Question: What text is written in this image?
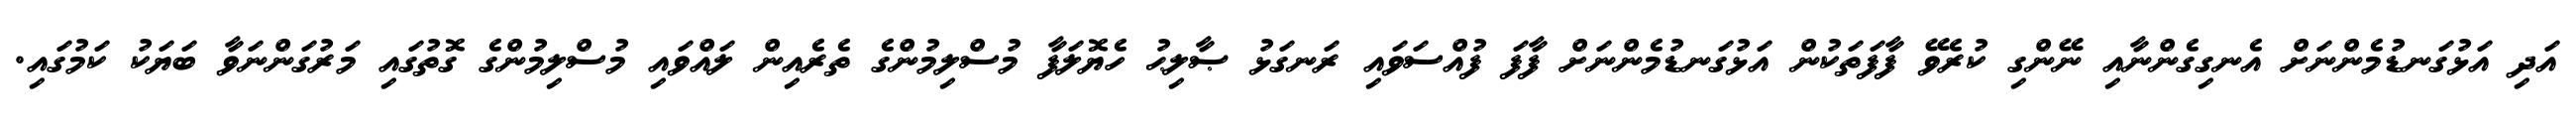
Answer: އަދި އަޅުގަނޑުމެންނަށް އެނގިގެންނާއި ނޭންގި ކުރެވޭ ފާފަތަކުން އަޅުގަނޑުމެންނަށް ފާފަ ފުއްސަވައި ރަނގަޅު ޞާލިޙު ހެޔޮލަފާ މުސްލިމުންގެ ތެރެއިން ލައްވައި މުސްލިމުންގެ ގޮތުގައި މަރުގަންނަވާ ބަޔަކު ކަމުގައި.